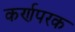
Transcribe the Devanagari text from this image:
कर्णपरक